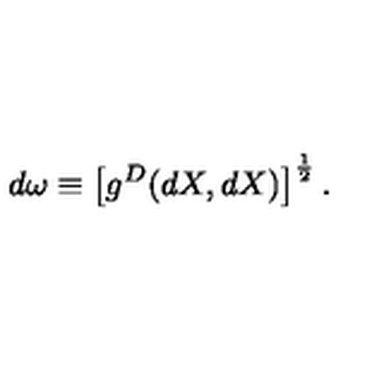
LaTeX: d \omega \equiv \left[ g ^ { D } ( d X , d X ) \right] ^ { \frac { 1 } { 2 } } .